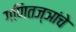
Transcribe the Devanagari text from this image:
गणितज्ञांचे